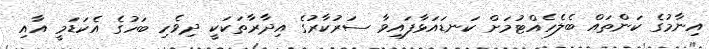
އިނާމުގެ ކަންތައް ބެލެހެއްޓުމަށް ކަނޑައަޅާފައިވާ ސަރުކާރުގެ އިދާރާތަކަކީ ދިވެހި ބަހުގެ އެކަޑަމީ އާއި